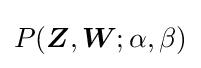
P({\boldsymbol {Z}},{\boldsymbol {W}};\alpha ,\beta )